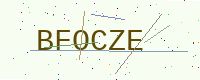
Text: BFOCZE